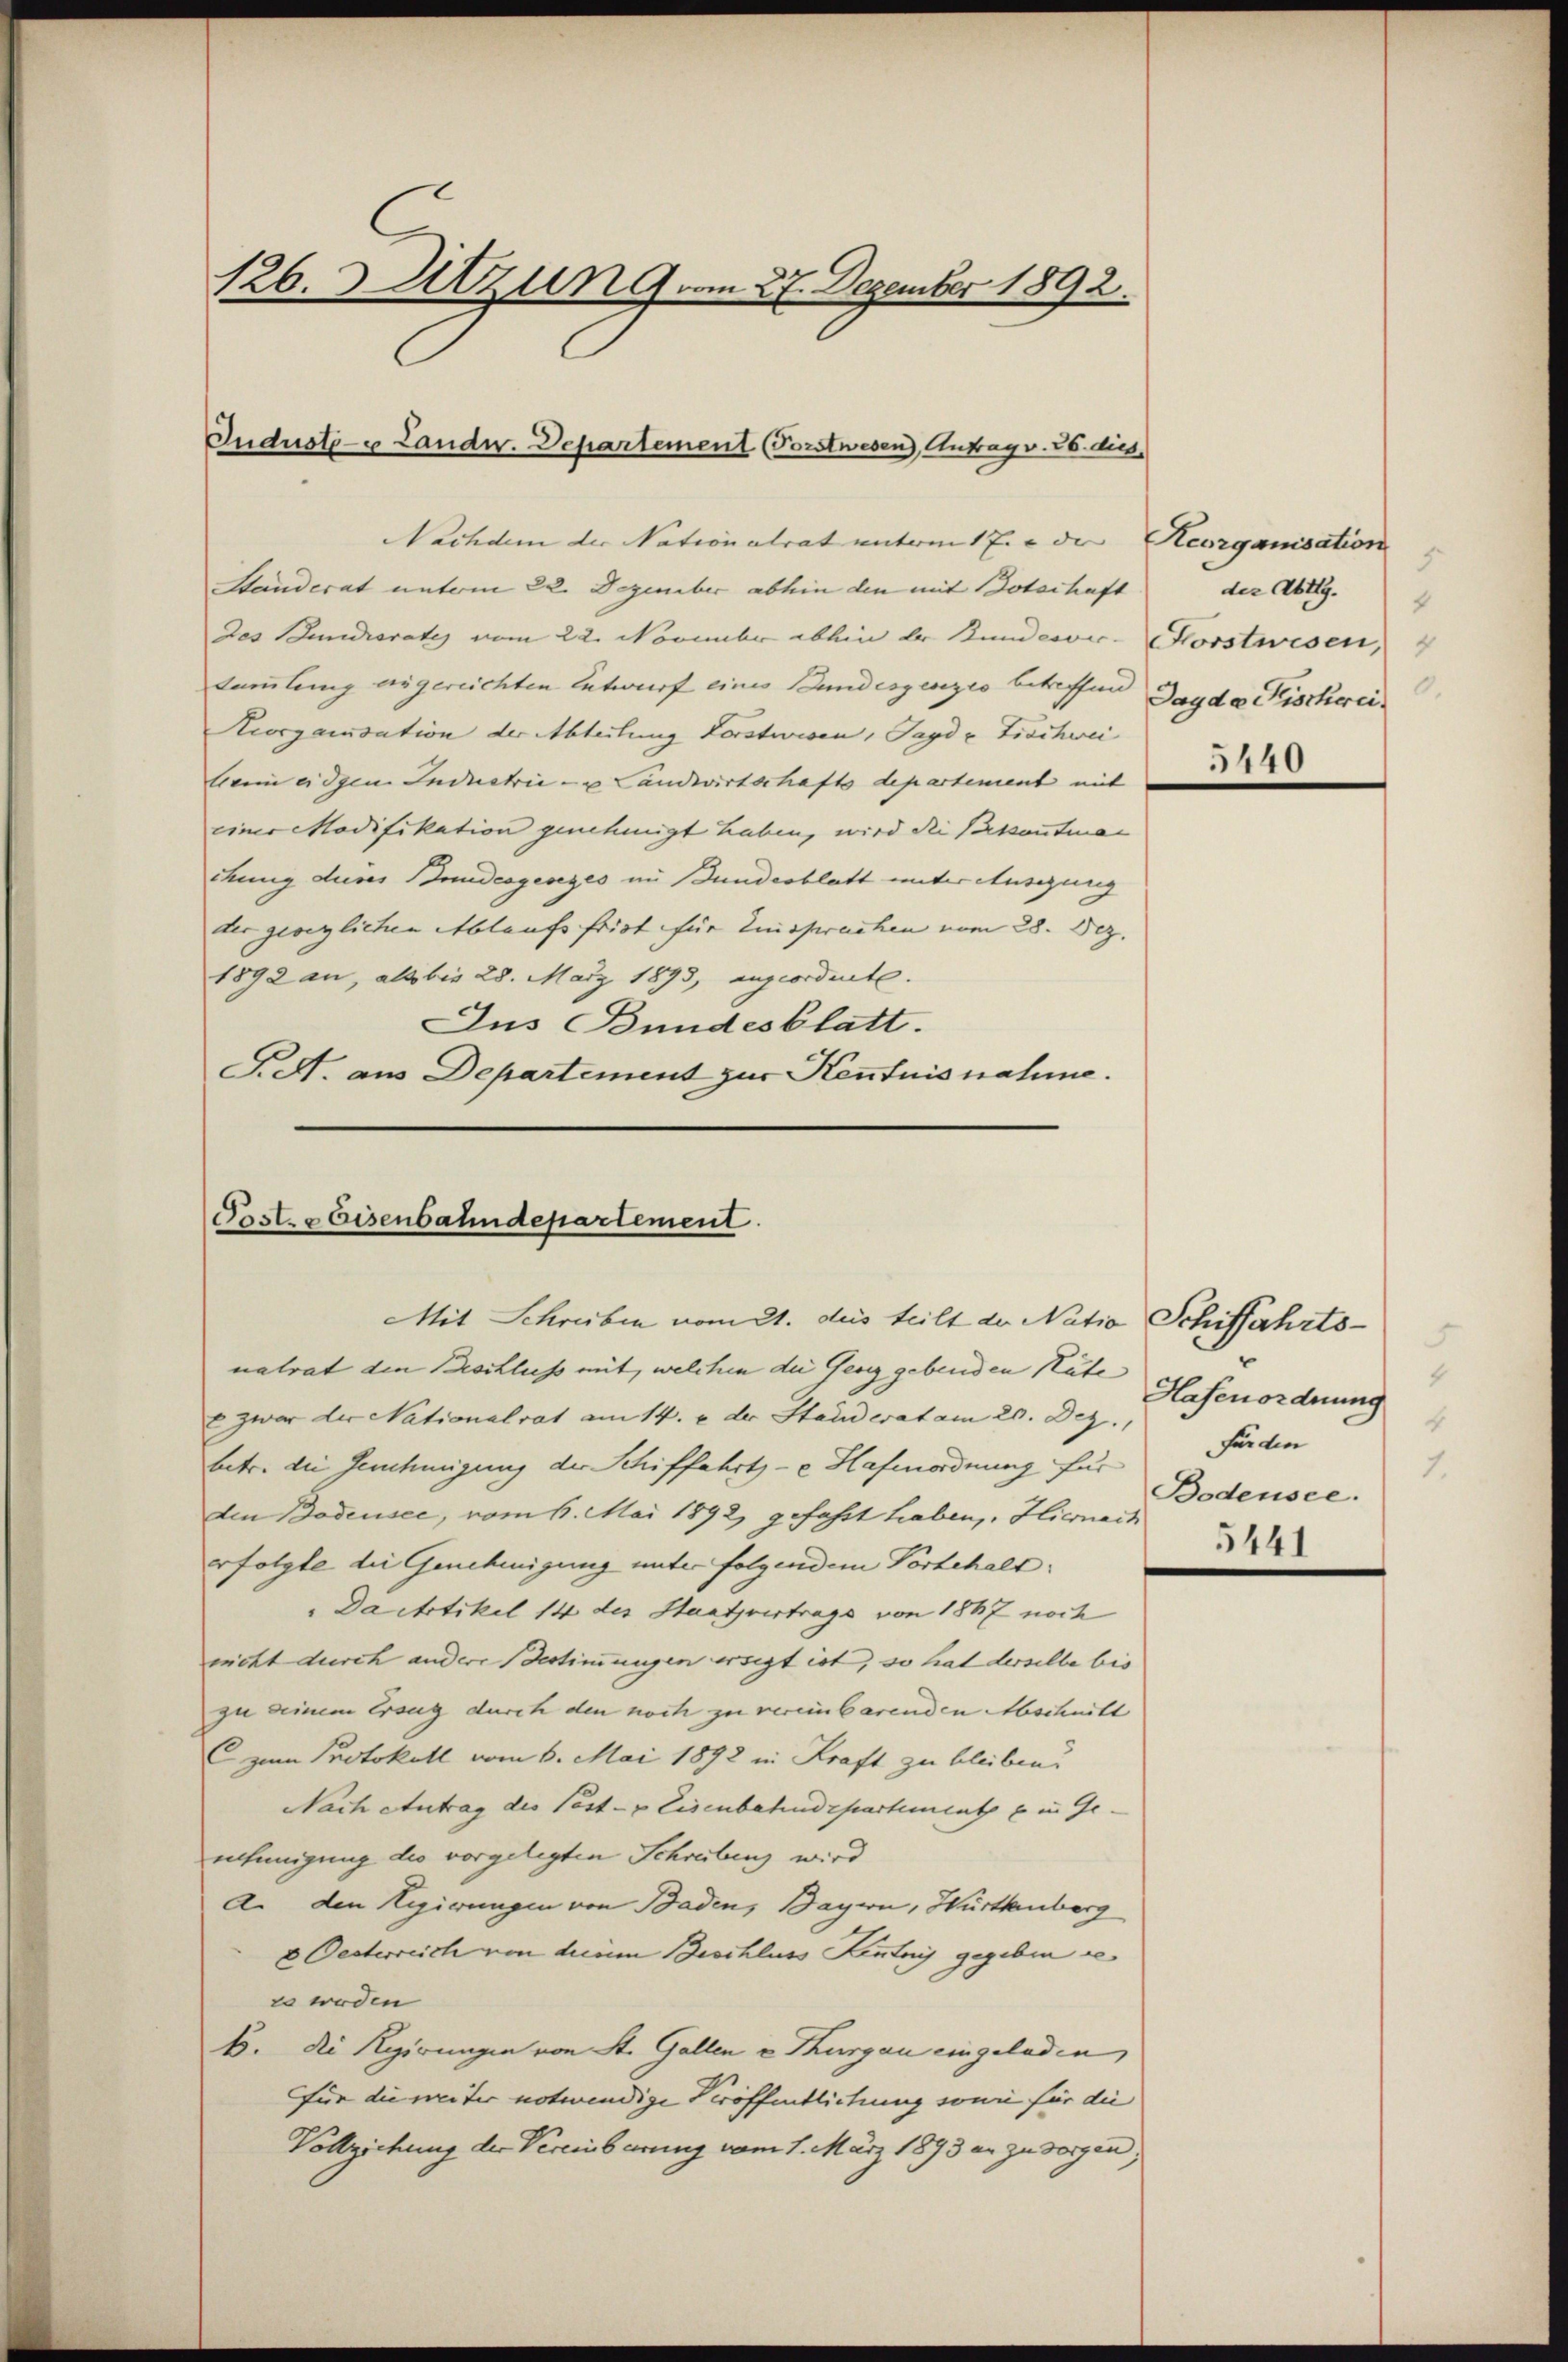
126. Atzun 9. 27. Dezember 1892.

Judustou Landw. Departement (Forstwesen), Antrag v. 26. dies

Posts Eisenbahndepartement.

Mit Schreiben vom 21. des teilt der Natia Schiffahrts¬

Nachdem der Nationalrat unterm 17. u die Reorganisation
Handerat unterm 22. Dezember abhin den mit Botschaft
des Seniorates vom 22. November abhin der Bundesver- Horstwesen,
tammlung angereichten Entwurf eines Bundeszenzio betreffen Jagdo Fischerei¬
Kiorganisation der Abteilung Vorstwisen, Payd u Tischwei
lein eidgen. Industrie - u. Landwirtschafts departement mit
einer Modifikation genehmigt haben, wird die Passautmachung dieses Bundesgesezes im Bundesblatt unter Auszung
der geweglichen Ablaufs frist für Einsprachen vom 28. Dez.
1892 an, als bis 28. März 1893, angeordnete.
Jus Bundesblatt.
Pe. aus Departement zur Kenntnisnahme.

natrat den Beschliess mit, welchen die Gerig gebenden Kute- |
 zwar der Nationalrat am 14. e der Standerat am 20. Dez.
betr. die Genehmigung der Schiffahrte Hafenordnung für Bodensee
den Bodensee, vom 6. Mai 1892 gefaßt haben, Hiernach
rfolgte die Genehmigung unter folgendem Vorbehalt
"Dacttikel 14 des Staatsvertrags von 1867 noch
nicht durch andere Bestimmungen ersigt ist, so hat derselbe bis
zu seinem Ersug durch den noch zu vereinbarenden Abschnitt
(zum Protokoll vom 6. Mai 1892 in Kraft zu bleiben.
Nach entrag der Post- & Eisenbahndepartement ein Ge-
ehmigung die vorgelegten Schreibung wird
An den Regierungen von Baden, Bayen, Württemberg
& Oesterreich von dem Beschluss Kentny gegeben se
so weden
B. di Rgirungen von St. Gallen v Thurgau eingeladen
für die weiter notwendige Veröffentlichung sowie für die
Vollziehung der Vereinberung vom 1. März 1893 an zu sorgen;

der Abtlg.
0.

5440

4
Hafenordnung
4
seiden
1.